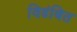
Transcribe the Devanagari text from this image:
विडंबित